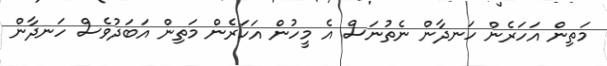
މަތިން އަހަރެން ހަނދާން ނެތުނަސް އެ މީހުން އަހަރެން މަތިން އަބަދުވެސް ހަނދާން